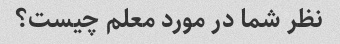
نظر شما در مورد معلم چیست؟